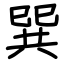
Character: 巽